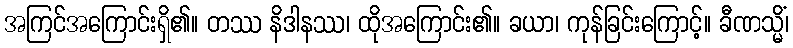
အကြင်အကြောင်းရှိ၏။ တဿ နိဒါနဿ၊ ထိုအကြောင်း၏။ ခယာ၊ ကုန်ခြင်းကြောင့်။ ခီဏသ္မိံ၊